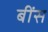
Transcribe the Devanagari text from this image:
बींस